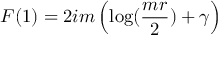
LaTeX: F ( 1 ) = 2 i m \left( \log ( { \frac { m r } { 2 } } ) + \gamma \right)